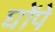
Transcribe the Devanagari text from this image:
घोंपे